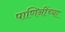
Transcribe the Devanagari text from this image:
पाणिनींच्या